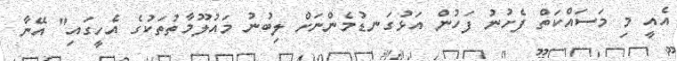
އެއީ މި މަސައްކަތް ފެށުނު ފަހުން އަޅުގަނޑުމެންނަށް ލިބުނު މައުލޫމާތުތަކުގެ އެހީގައި" އޭނާ